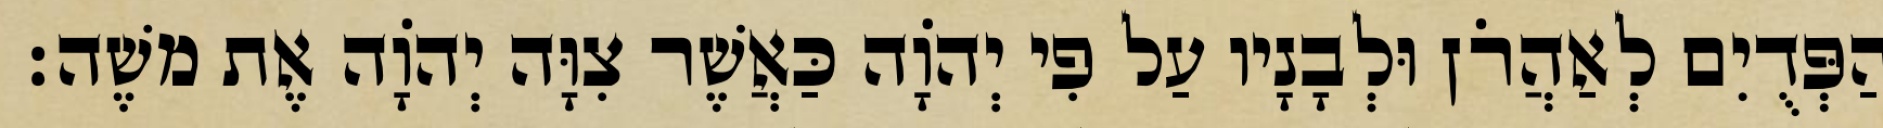
הַפְּדֻיִם לְאַהֲרֹן וּלְבָנָיו עַל פִי יְהוָֹה כַּאֲשֶׁר צִוָּה יְהוָֹה אֶת משֶׁה׃